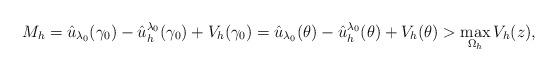
LaTeX: \begin{align*}M_h=\hat{u}_{\lambda_0}(\gamma_0)-\hat{u}_h^{\lambda_0}(\gamma_0)+ V_h(\gamma_0)=\hat{u}_{\lambda_0}(\theta)-\hat{u}_h^{\lambda_0}(\theta)+ V_h(\theta)>\max_{\Omega_h}V_h(z),\end{align*}